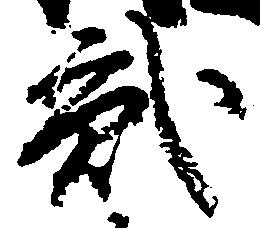
弐